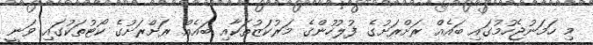
މި ހަމަނުޖެހުމުގައި ބައެއް ރަށްރަށުގެ ފުލުހުންގެ މަރުކަޒުތަކާއި ބައެއް ރަށްރަށުގެ ކޯޓުތަކުގައި ވަނީ